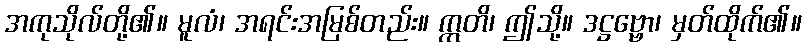
အကုသိုလ်တို့၏။ မူလံ၊ အရင်းအမြစ်တည်း။ ဣတိ၊ ဤသို့။ ဒဋ္ဌဗ္ဗော၊ မှတ်ထိုက်၏။